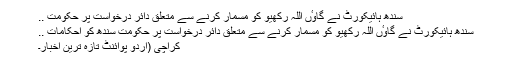
سندھ ہائیکورٹ نے گاوٴں اللہ رکھیو کو مسمار کرنے سے متعلق دائر درخواست پر حکومت ..
سندھ ہائیکورٹ نے گاوٴں اللہ رکھیو کو مسمار کرنے سے متعلق دائر درخواست پر حکومت سندھ کو احکامات ..
کراچی (اُردو پوائنٹ تازہ ترین اخبار۔